Vaccination in Bombay 1856-1862 - 1856-1862
Year: 1856
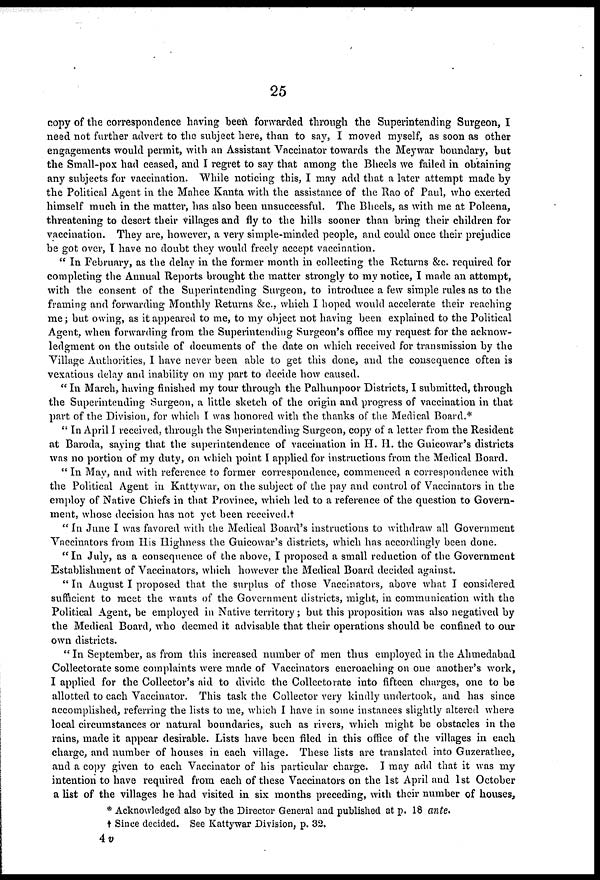
25
copy of the correspondence having been forwarded through the Superintending Surgeon, I
need not further advert to the subject here, than to say, I moved myself, as soon as other
engagements would permit, with an Assistant Vaccinator towards the Meywar boundary, but
the Small-pox had ceased, and I regret to say that among the Bheels we failed in obtaining
any subjects for vaccination. While noticing this, I may add that a later attempt made by
the Political Agent in the Mahee Kanta with the assistance of the Rao of Paul, who exerted
himself much in the matter, has also been unsuccessful. The Bheels, as with me at Poleena,
threatening to desert their villages and fly to the hills sooner than bring their children for
vaccination. They are, however, a very simple-minded people, and could once their prejudice
be got over, I have no doubt they would freely accept vaccination.
"In February, as the delay in the former month in collecting the Returns &c. required for
completing the Annual Reports brought the matter strongly to my notice, I made an attempt,
with the consent of the Superintending Surgeon, to introduce a few simple rules as to the
framing and forwarding Monthly Returns &c, which I hoped would accelerate their reaching
me; but owing, as it appeared to me, to my object not having been explained to the Political
Agent, when forwarding from the Superintending Surgeon's office my request for the acknow-
ledgment on the outside of documents of the date on which received for transmission by the
Village Authorities, I have never been able to get this done, and the consequence often is
vexatious delay and inability on my part to decide how caused.
"In March, having finished my tour through the Palhunpoor Districts, I submitted, through
the Superintending Surgeon, a little sketch of the origin and progress of vaccination in that
part of the Division, for which I was honored with the thanks of the Medical Board.*
"In April I received, through the Superintending Surgeon, copy of a letter from the Resident
at Baroda, saying that the superintendence of vaccination in H. H. the Guicowar's districts
was no portion of my duty, on which point I applied for instructions from the Medical Board.
"In May, and with reference to former correspondence, commenced a correspondence with
the Political Agent in Kattywar, on the subject of the pay and control of Vaccinators in the
employ of Native Chiefs in that Province, which led to a reference of the question to Govern-
ment, whose decision has not yet been received.†
"In June I was favored with the Medical Board's instructions to withdraw all Government
Vaccinators from His Highness the Guicowar's districts, which has accordingly been done.
"In July, as a consequence of the above, I proposed a small reduction of the Government
Establishment of Vaccinators, which however the Medical Board decided against.
" In August I proposed that the surplus of those Vaccinators, above what I considered
sufficient to meet the wants of the Government districts, might, in communication with the
Political Agent, be employed in Native territory; but this proposition was also negatived by
the Medical Board, who deemed it advisable that their operations should be confined to our
own districts.
" In September, as from this increased number of men thus employed in the Ahmedabad
Collectorate some complaints were made of Vaccinators encroaching on one another's work,
I applied for the Collector's aid to divide the Collectorate into fifteen charges, one to be
allotted to each Vaccinator. This task the Collector very kindly undertook, and has since
accomplished, referring the lists to me, which I have in some instances slightly altered where
local circumstances or natural boundaries, such as rivers, which might be obstacles in the
rains, made it appear desirable. Lists have been filed in this office of the villages in each
charge, and number of houses in each village. These lists are translated into Guzerathee,
and a copy given to each Vaccinator of his particular charge. I may add that it was my
intention to have required from each of these Vaccinators on the 1st April and 1st October
a list of the villages he had visited in six months preceding, with their number of houses,
* Acknowledged also by the Director General and published at p. 18 ante.
† Since decided. See Kattywar Division, p. 32.
4 v